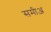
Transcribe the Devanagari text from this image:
समीअ़